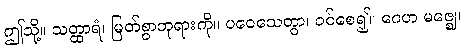
ဤသို့။ သတ္ထာရံ၊ မြတ်စွာဘုရားကို။ ပဝေသေတွာ၊ ဝင်စေ၍။ ဂေဟ မဇ္ဈေ၊